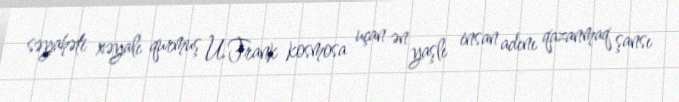
səyahəti xəyalı qurmuş U.Frank kosmosa uçan ən yaşlı insan adını qazanmaq şansı